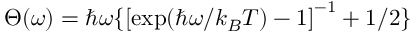
\Theta ( \omega ) = \hbar \omega \{ \left[ \mathrm { e x p } ( \hbar \omega / k _ { B } T ) - 1 \right] ^ { - 1 } + 1 / 2 \}